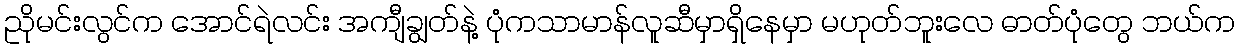
ညိုမင်းလွင်က အောင်ရဲလင်း အကျီချွတ်နဲ့ ပုံကသာမာန်လူဆီမှာရှိနေမှာ မဟုတ်ဘူးလေ ဓာတ်ပုံတွေ ဘယ်က